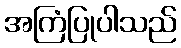
အကြံပြုပါသည်